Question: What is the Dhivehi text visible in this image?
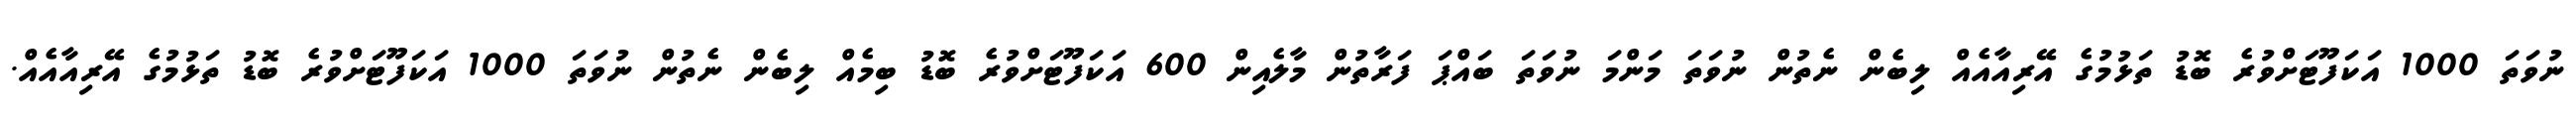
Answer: ނުވަތަ 1000 އަކަފޫޓަށްވުރެ ބޮޑު ތަޅުމުގެ އޭރިއާއެއް ލިބެން ނެތުން ނުވަތަ މަންމަ ނުވަތަ ބައްޕަ ފަރާތުން މާލެއިން 600 އަކަފޫޓަށްވުރެ ބޮޑު ބިމެއް ލިބެން ނެތުން ނުވަތަ 1000 އަކަފޫޓަށްވުރެ ބޮޑު ތަޅުމުގެ އޭރިއާއެއް.